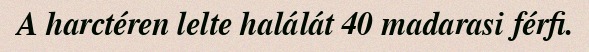
A harctéren lelte halálát 40 madarasi férfi.